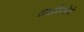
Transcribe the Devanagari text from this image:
तक्षशिलेचे